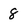
Character: 8